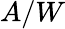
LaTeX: A/W